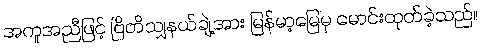
အကူအညီဖြင့် ဗြိတိသျှနယ်ချဲ့အား မြန်မာ့မြေမှ မောင်းထုတ်ခဲ့သည်။